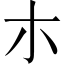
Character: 朩